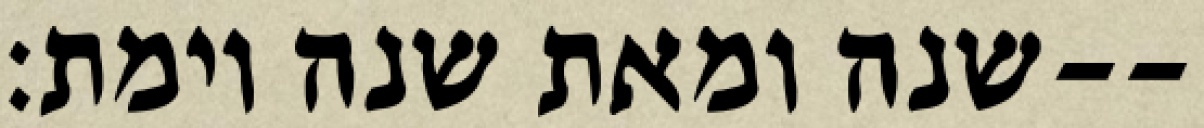
שנה ומאת שנה וימת׃--